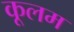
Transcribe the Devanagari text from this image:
कूलम